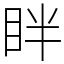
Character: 眫